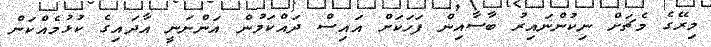
މިރޭގެ މެޗަށް ނިކުންނައިރު ބާސާއިން ފަހަކަށް އައިސް ދައްކަމުން އަންނަނީ އާދައިގެ ކުޅުމެއްކަން